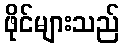
ဖိုင်များသည်